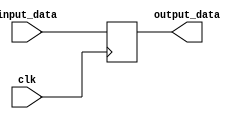
`timescale 1ns / 1ps
//////////////////////////////////////////////////////////////////////////////////
// Company: 
// Engineer: 
// 
// Design Name: 
// Module Name:    ALU_output 
// Project Name: 
// Target Devices: 
// Tool versions: 
// Description: 
//
// Dependencies: 
//
// Revision: 
// Revision 0.01 - File Created
// Additional Comments: 
//
//////////////////////////////////////////////////////////////////////////////////
module ALU_output(
    input      [31:0] input_data,
    input             clk,
    output reg [31:0] output_data
    );

	always@(negedge clk) begin
		output_data = input_data;
	end
	
endmodule